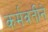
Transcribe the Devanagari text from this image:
कर्मवतीने